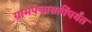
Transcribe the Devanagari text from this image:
ग्रामपंचायतींपर्यंत